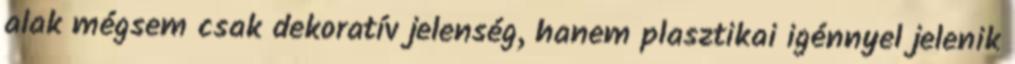
alak mégsem csak dekoratív jelenség, hanem plasztikai igénnyel jelenik